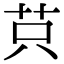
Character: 𦭜